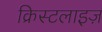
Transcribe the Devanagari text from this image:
क्रिस्टलाइज़